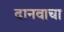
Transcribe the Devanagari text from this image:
दानवाचा